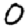
Digit: 0